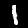
Digit: 1